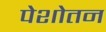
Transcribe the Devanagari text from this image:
पेशोतन